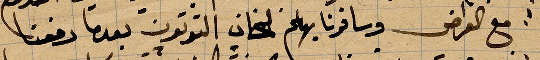
مع الغراض وسافرنا بهم لخان التوتون بعدما دفعنا